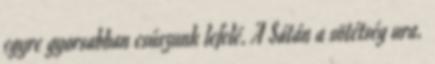
egyre gyorsabban csúszunk lefelé. A Sátán a sötétség ura.